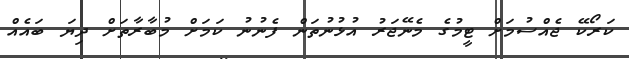
ކަރޯކޭ ޖެއްސުމަށް ޓީމުގެ މެނޭޖަރު އުޅުނުތަން ފެނުނު ކަމަށް މުބާރާތަށް ދިޔަ ބައެއް